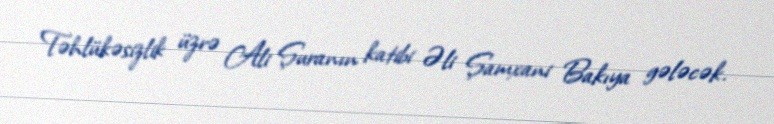
Təhlükəsizlik üzrə Ali Şuranın katibi Əli Şamxani Bakıya gələcək.